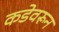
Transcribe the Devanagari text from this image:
कडेवरून